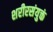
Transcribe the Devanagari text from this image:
शरीरसंयुक्तं